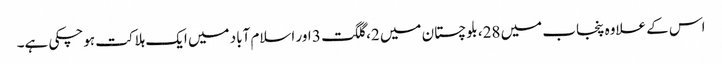
اس کے علاوہ پنجاب میں 28، بلوچستان میں 2، گلگت 3 اور اسلام آباد میں ایک ہلاکت ہوچکی ہے۔